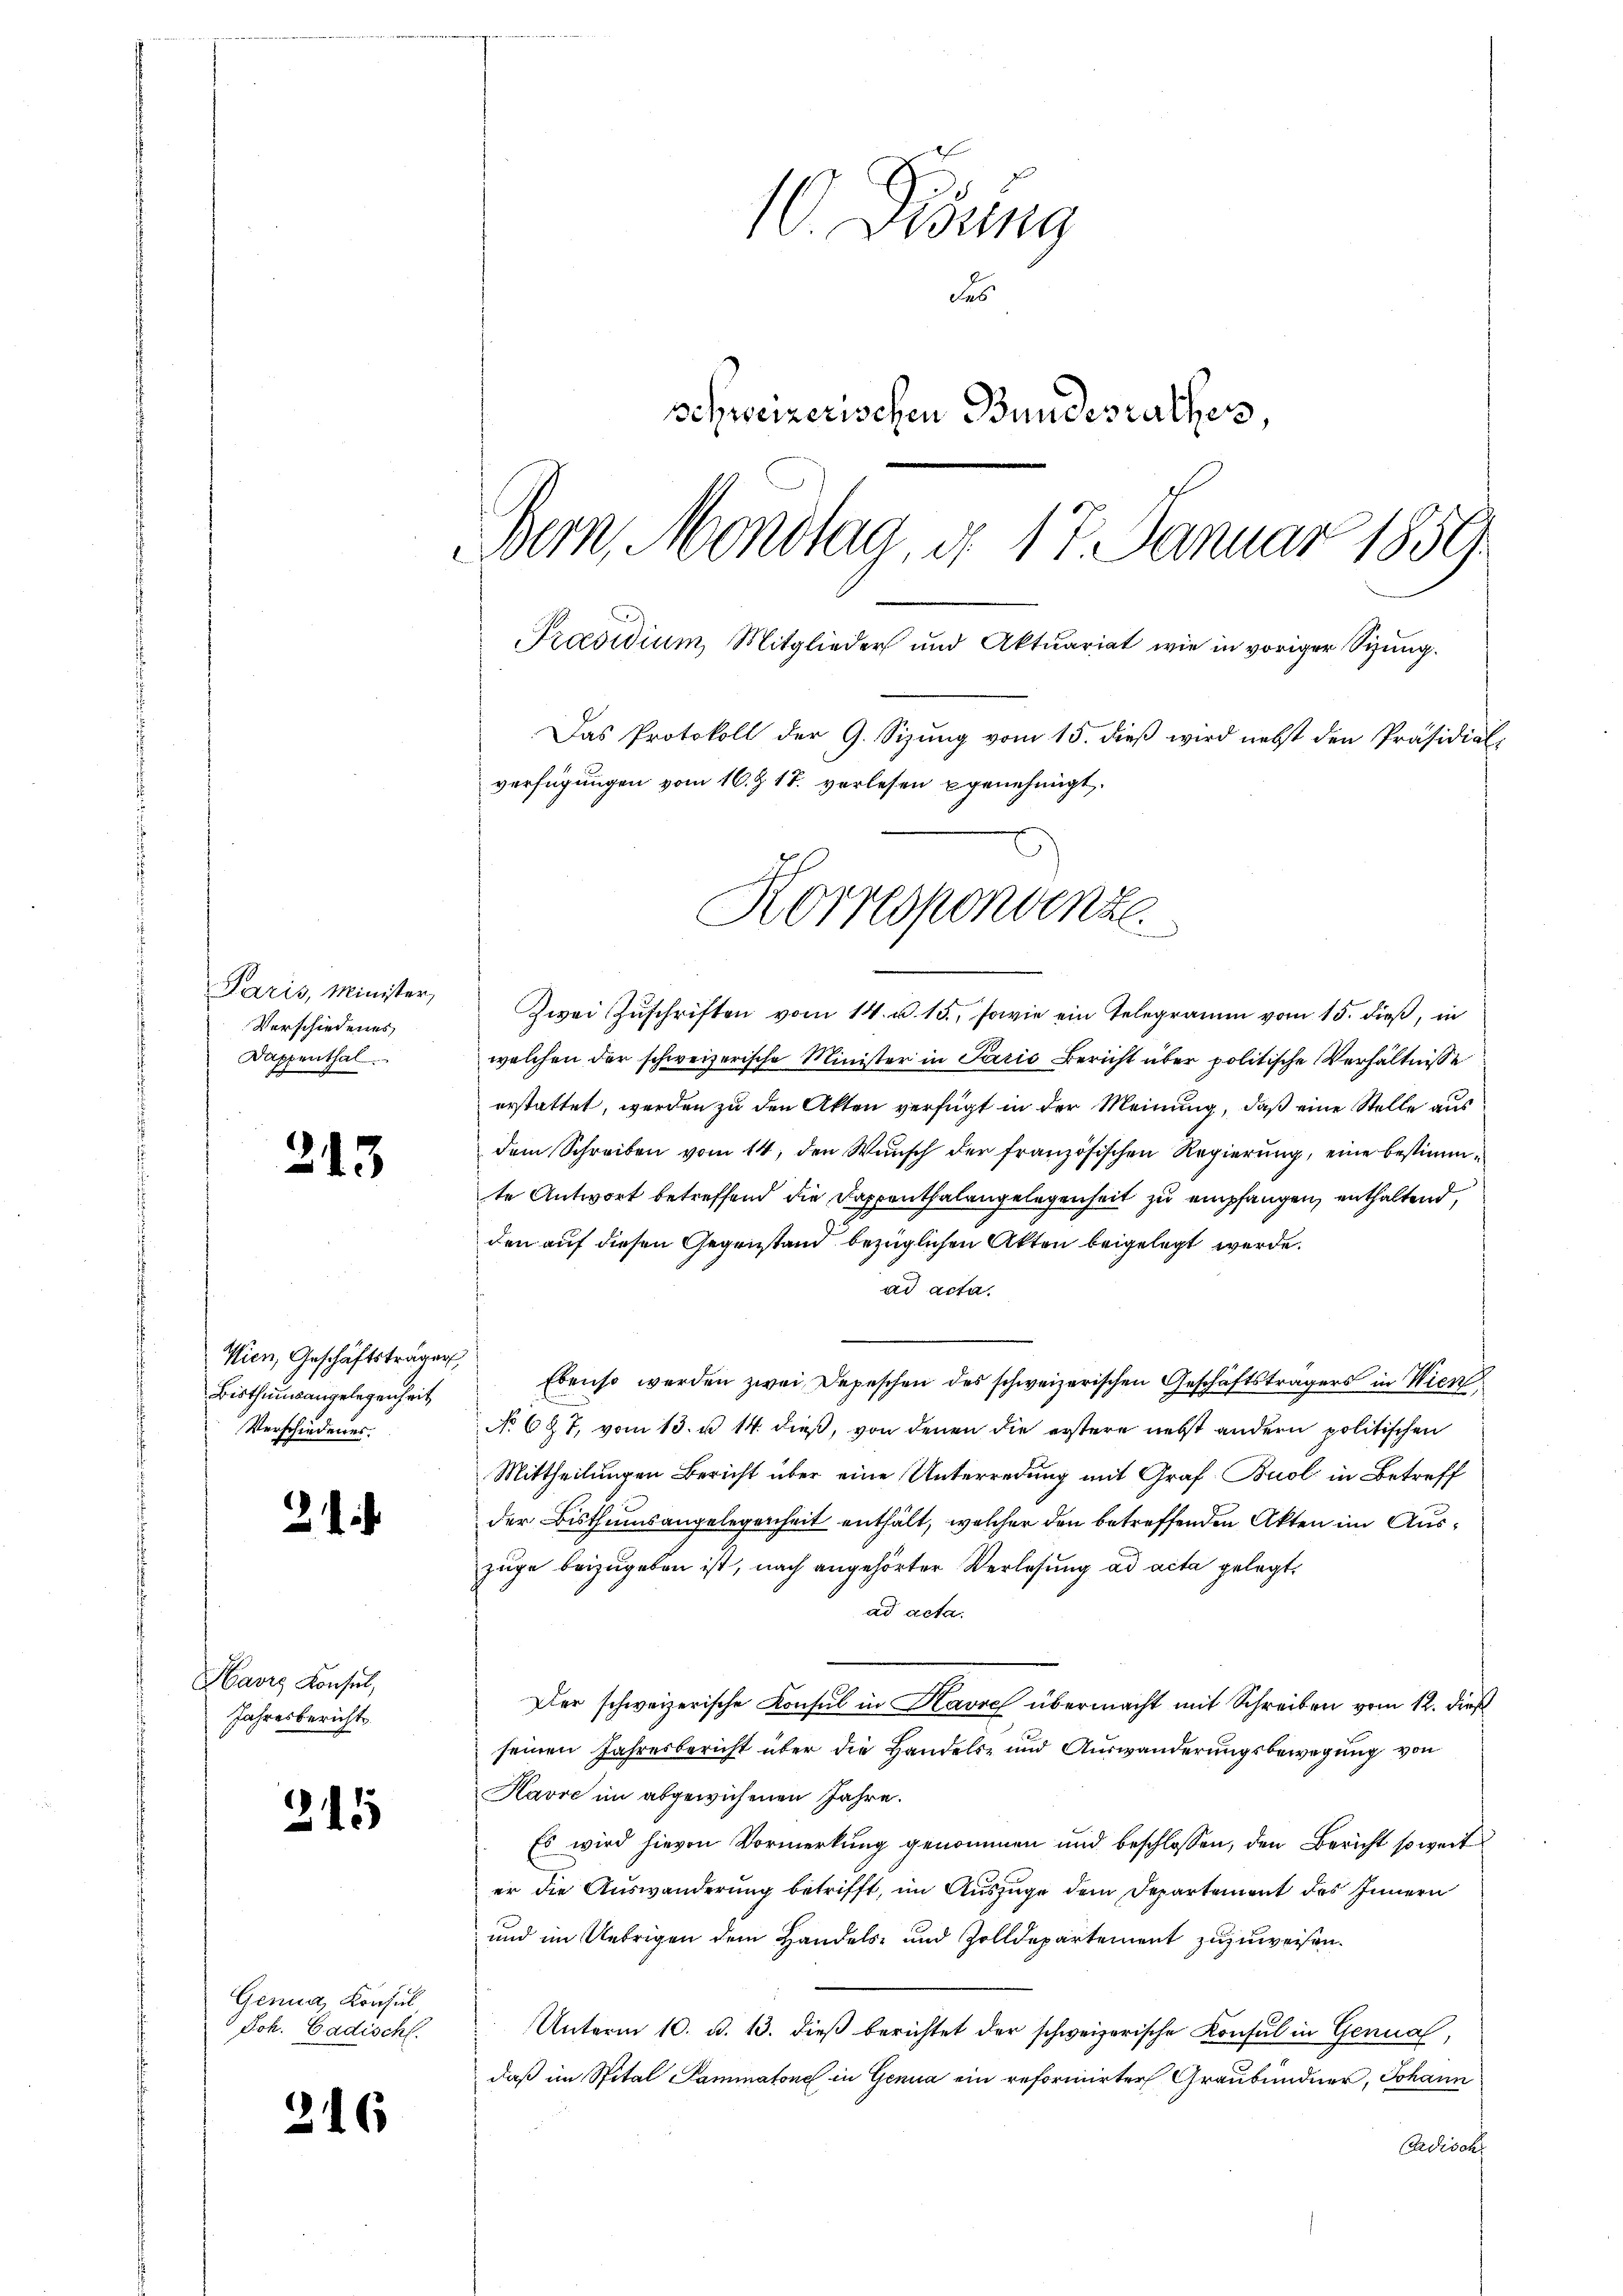
Paris, Minister,
Verschiedenes
Dappenthal.

213

Wien, Geschäftsträger
Bisthumsangelegenheit
Verschiedenes.

2

¬

avis Konsul,
Jahresbericht

215

Genua, Konsul
 Joh. Badischt.

216

10. Disung
des
schweizerischen Bundesrathes,
Bern, Mondlag, d. 17. Januar 1859.
Präsidium, Mitglieder und Aktuariat wie in voriger Sizung.
Das Protokoll der 9. Sizŭng vom 15. dieβ wird nebst den Präsidial-
verfügungen vom 16. Z. 18. vorlesen genehmigt
Korrespondenze

Zwei Zŭschriften vom 14. u. 15., sowie ein Telegramm vom 15. dieß, in
welchen der schweizerische Minister in Paris Bericht über politische Verhältnisse
erstattet, werden zu den Akten verfügt in der Meinung, daß eine Stelle aus
dem Schreiben vom 14. den Wunsch der französischen Regierung, eine bestimmte Antwort betreffend die Dappenthalengelegenheit zu empfangen, enthaltend,
den auf diesen Gegenstand bezüglichen Akten beigelegt werde.
ad acta.
e
Ebenso werden zwei Depeschen des schweizerischen Geschäftsträgers in Wien
No 687, vom 13. u. 14. dieß, von denen die erstere nebst andern politischen
Mittheilungen Bericht über eine Unterredung mit Graf Buol in Betreff
der Bisthumsangelegenheit enthält, welcher den betreffenden Akten im Auszuge beizugeben ist, nach angehörter Verlesung ad acta gelegt,
ad acta.
Der schweizerische Konsul in Havre übermacht mit Schreiben vom 12. dieß
seinen Jahresbericht über die Handels- und Auswanderungsbewegung von
Havre im abgewichenen Jahre.
Es wird hievon Vormerkung genommen und beschlossen, den Bericht soweit
er die Auswanderung betrifft, im Auszuge dem Departement des Innern
und im Uebrigen dem Handels- und Zolldepartement zuzuweisen.
Unterm 10. d. 13. dieß berichtet der schweizerische Konsul in Genua,
daß im Spital Sammatone in Genua ein reformirter Graubündner, Johann
Candisch